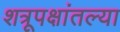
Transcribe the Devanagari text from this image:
शत्रूपक्षांतल्या